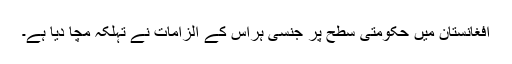
افغانستان میں حکومتی سطح پر جنسی ہراس کے الزامات نے تہلکہ مچا دیا ہے۔